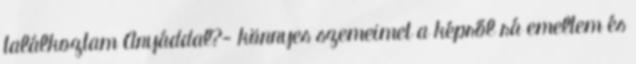
találkoztam Anyáddal?- könnyes szemeimet a képről rá emeltem és